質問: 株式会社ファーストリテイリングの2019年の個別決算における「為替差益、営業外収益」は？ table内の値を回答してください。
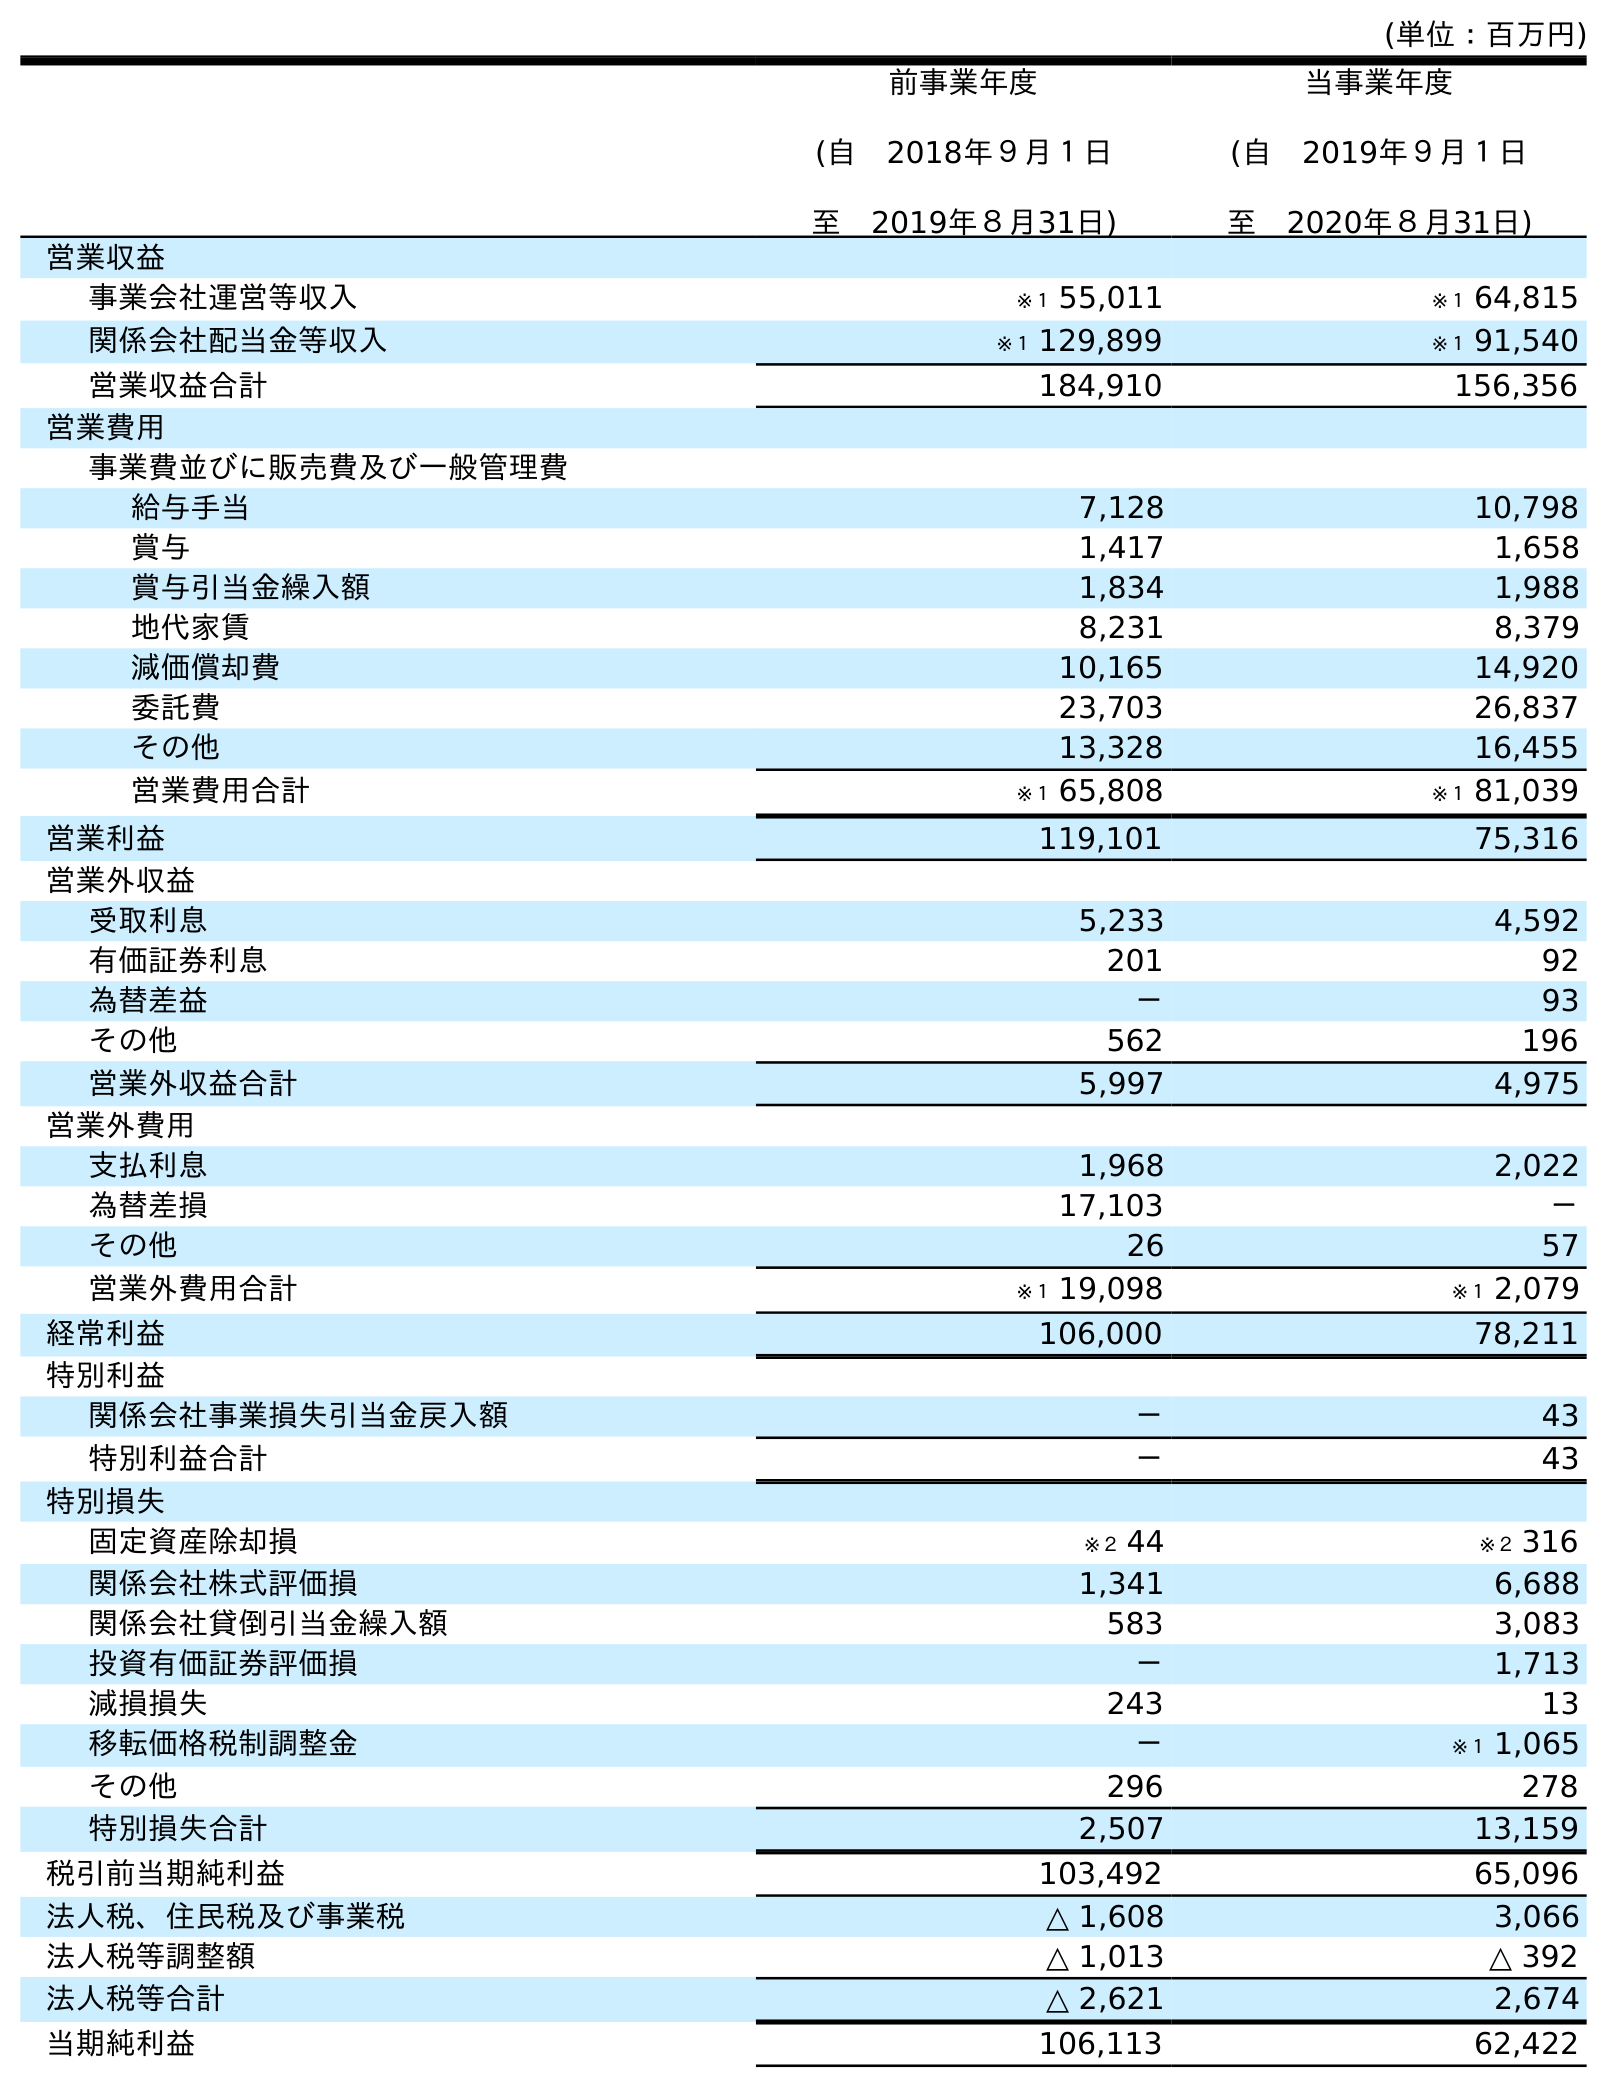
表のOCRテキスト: (単位：百万円) 前事業年度 (自 2018年９月１日 至 2019年８月31日) 当事業年度 (自 2019年９月１日 至 2020年８月31日) 営業収益 事業会社運営等収入 ※１ 55,011 ※１ 64,815 関係会社配当金等収入 ※１ 129,899 ※１ 91,540 営業収益合計 184,910 156,356 営業費用 事業費並びに販売費及び一般管理費 給与手当 7,128 10,798 賞与 1,417 1,658 賞与引当金繰入額 1,834 1,988 地代家賃 8,231 8,379 減価償却費 10,165 14,920 委託費 23,703 26,837 その他 13,328 16,455 営業費用合計 ※１ 65,808 ※１ 81,039 営業利益 119,101 75,316 営業外収益 受取利息 5,233 4,592 有価証券利息 201 92 為替差益 － 93 その他 562 196 営業外収益合計 5,997 4,975 営業外費用 支払利息 1,968 2,022 為替差損 17,103 － その他 26 57 営業外費用合計 ※１ 19,098 ※１ 2,079 経常利益 106,000 78,211 特別利益 関係会社事業損失引当金戻入額 － 43 特別利益合計 － 43 特別損失 固定資産除却損 ※２ 44 ※２ 316 関係会社株式評価損 1,341 6,688 関係会社貸倒引当金繰入額 583 3,083 投資有価証券評価損 － 1,713 減損損失 243 13 移転価格税制調整金 － ※１ 1,065 その他 296 278 特別損失合計 2,507 13,159 税引前当期純利益 103,492 65,096 法人税、住民税及び事業税 △ 1,608 3,066 法人税等調整額 △ 1,013 △ 392 法人税等合計 △ 2,621 2,674 当期純利益 106,113 62,422
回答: －